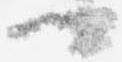
卿